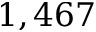
1 , 4 6 7